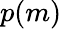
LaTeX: p(m)